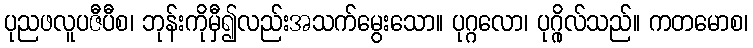
ပုညဖလူပဇီပီစ၊ ဘုန်းကိုမှီ၍လည်းအသက်မွေးသော။ ပုဂ္ဂလော၊ ပုဂ္ဂိုလ်သည်။ ကတမောစ၊